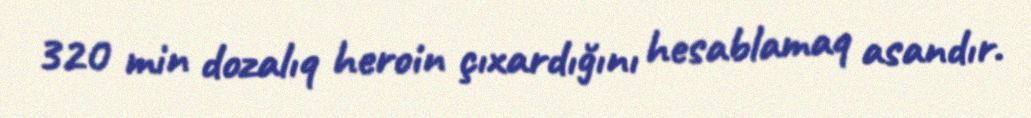
320 min dozalıq heroin çıxardığını hesablamaq asandır.